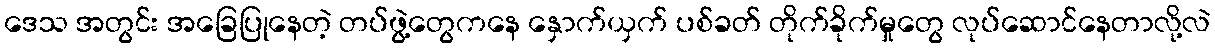
ဒေသ အတွင်း အခြေပြုနေတဲ့ တပ်ဖွဲ့တွေကနေ နှောက်ယှက် ပစ်ခတ် တိုက်ခိုက်မှုတွေ လုပ်ဆောင်နေတာလို့လဲ